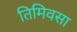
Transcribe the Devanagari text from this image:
तिमिवसा